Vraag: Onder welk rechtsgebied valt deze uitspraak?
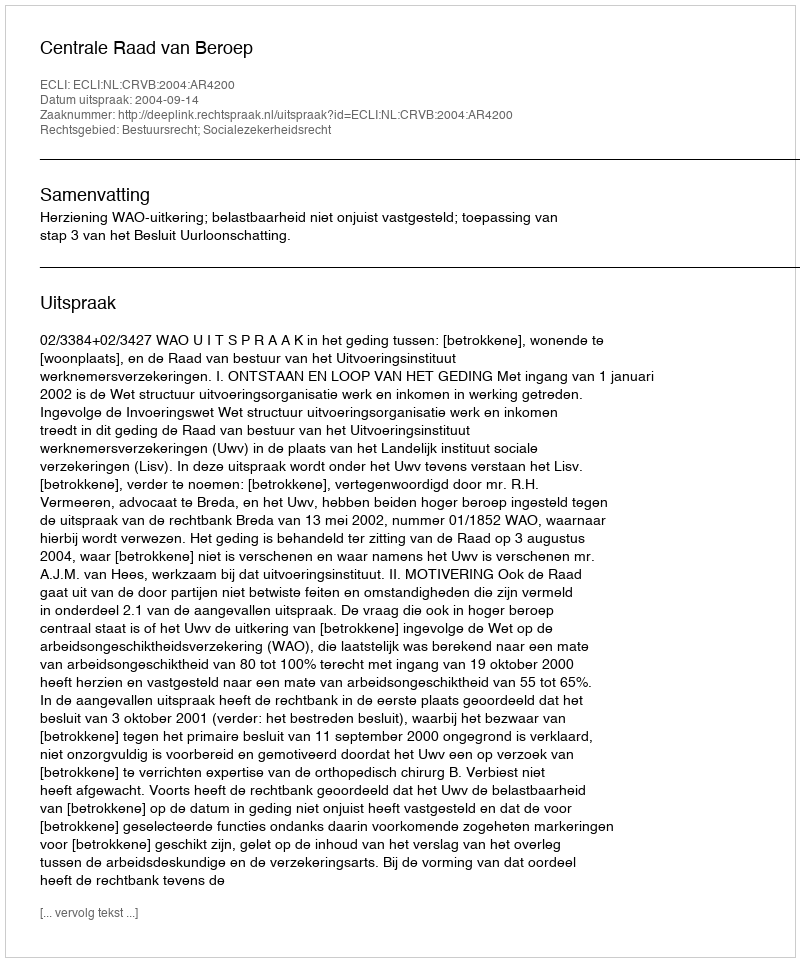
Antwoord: Bestuursrecht; Socialezekerheidsrecht